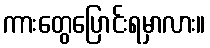
ကားတွေပြောင်းရမှာလား။